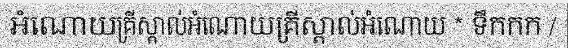
អំណោយគ្រីស្តាល់អំណោយគ្រីស្តាល់អំណោយ * ទឹកកក /